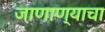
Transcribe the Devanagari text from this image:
जाणाण्याचा